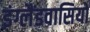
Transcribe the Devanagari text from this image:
इंग्लैंडवासियों